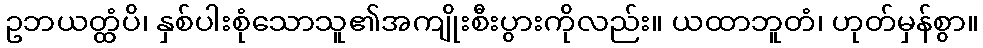
ဥဘယတ္ထံပိ၊ နှစ်ပါးစုံသောသူ၏အကျိုးစီးပွားကိုလည်း။ ယထာဘူတံ၊ ဟုတ်မှန်စွာ။